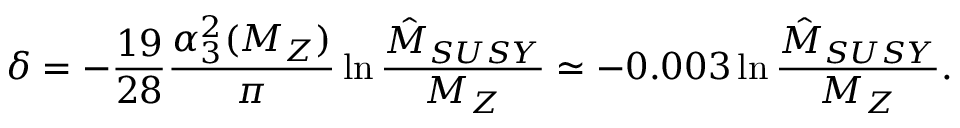
\delta = - \frac { 1 9 } { 2 8 } \frac { \alpha _ { 3 } ^ { 2 } ( M _ { Z } ) } { \pi } \ln \frac { \hat { M } _ { S U S Y } } { M _ { Z } } \simeq - 0 . 0 0 3 \ln \frac { \hat { M } _ { S U S Y } } { M _ { Z } } .